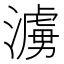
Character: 𪷓